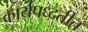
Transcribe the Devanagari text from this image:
कार्यपध्दतीत